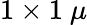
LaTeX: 1\times 1~\mu